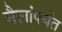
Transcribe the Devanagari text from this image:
मैलांपर्यंत